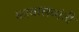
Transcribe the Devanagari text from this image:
कावालवांती